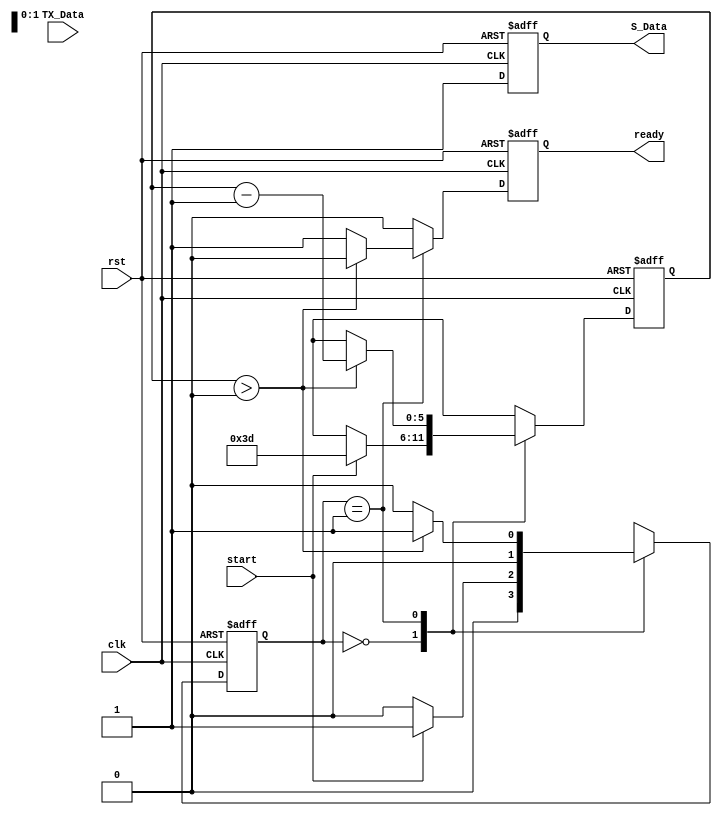
		   	    
module trans_protocol(TX_Data,
		      start, rst, clk, ready, S_Data);
   input [54:0] TX_Data;
   input       start, rst, clk;
   output reg  ready, S_Data;

   /* Packet Size */
   parameter sz_Packet = 6'd61;  

   /* States */
   parameter WAIT = 2'd0;
   parameter TRANSMIT = 2'd1;

   /* Assembled Packet */
   wire [60:0] packet = {6'b01_1111, TX_Data}; 

   /* Count of how many bits remain to transmit */
   reg [5:0]   counter, next_counter;

   /* State logic */
   reg [1:0]   state, next_state;

   /* Output */
   reg 	       next_S_Data, next_ready;

   
   /* State transitions */
   always @(posedge clk, posedge rst) begin
      if (rst) begin
	 state <= WAIT;
	 S_Data <= 1'b1;
	 ready <= 1'b0;
	 counter <= 6'bx;
      end else begin
	 S_Data <= next_S_Data;
	 state <= next_state;
	 counter <= next_counter;
	 ready <= next_ready;
      end // else: !if(rst)
   end // always @ (posedge clk, posedge rst)

   /* State logic */
   always @(*) begin
      case (state)
	/* Start signal given */
	WAIT:
	  if (start) begin
	     next_state = TRANSMIT;
	     next_counter = sz_Packet;
	  end else begin
	     next_state = WAIT;
	     next_counter = 6'bx;
	  end
	
	/* Transmitting */
	TRANSMIT:
	  if (counter > 0) begin
	     next_state = TRANSMIT;
	     next_counter = counter - 1;
	  end else begin
	     next_state = WAIT;
	     next_counter = 6'bx;
	  end
	
	/* Default Case */
	default: begin
	   next_state = 2'bx;
	   next_counter = 6'bx;
	end
	
      endcase // case (state)
   end // always @ (*)
   

   /* Output logic */
   always @(*) begin
      case (state)
	/* Waiting for start signal */
	WAIT: begin
	   if (start)
	     next_S_Data = 1'b1;
	   else
	     next_S_Data = 1'b1;
	   next_ready = 1'b0;
	end

	/* Transmitting data */
	TRANSMIT: begin
	   next_S_Data = 1'b1;
	   if (counter > 0) begin
	      next_S_Data = packet[counter-1];
	      next_S_Data = 1'b1;
	      next_ready = 1'b0;
	   end else begin
	      next_S_Data = 1'b1;
	      next_ready = 1'b1;
	   end
	end

	/* Default Case */
	default: begin
	   next_S_Data = 1'b1;
	   next_ready = 1'b0;
	end
      endcase // case (state)
   end // always @ (*)
   
endmodule // trans_protocol